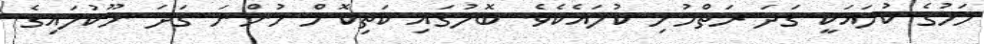
މަހުގެ ކުލައަކީ ގަދަ ރަތްމުށި ކުލައެކެވެ. ބޮލުގައި ކަތިކޮށް ހުންނަ ގަދަ ނޫކުލައިގެ